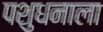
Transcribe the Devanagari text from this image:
पशुधनाला